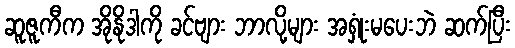
ဆူဇူကီက အိုနိုဒါကို ခင်ဗျား ဘာလို့များ အရှုံးမပေးဘဲ ဆက်ပြီး